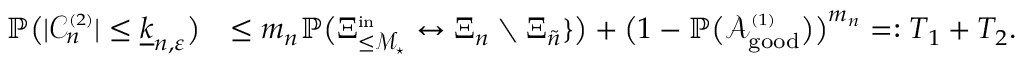
\begin{array} { r l } { \mathbb { P } \big ( | { \mathcal C } _ { n } ^ { \scriptscriptstyle ( 2 ) } | \le \underline { { k } } _ { n , \varepsilon } \big ) } & { \le m _ { n } \mathbb { P } \big ( \Xi _ { \le { \mathcal M } _ { \star } } ^ { \scriptscriptstyle \mathrm { i n } } \leftrightarrow \Xi _ { n } \setminus \Xi _ { \tilde { n } } \} \big ) + \big ( 1 - \mathbb { P } \big ( { \mathcal A } _ { \mathrm { g o o d } } ^ { \scriptscriptstyle ( 1 ) } \big ) \big ) ^ { m _ { n } } = : T _ { 1 } + T _ { 2 } . } \end{array}